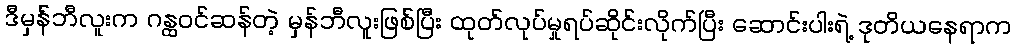
ဒီမှန်ဘီလူးက ဂန္ထဝင်ဆန်တဲ့ မှန်ဘီလူးဖြစ်ပြီး ထုတ်လုပ်မှုရပ်ဆိုင်းလိုက်ပြီး ဆောင်းပါးရဲ့ ဒုတိယနေရာက